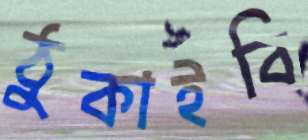
ঠুকাইবি